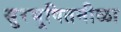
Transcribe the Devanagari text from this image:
सुरभूषितनीळा